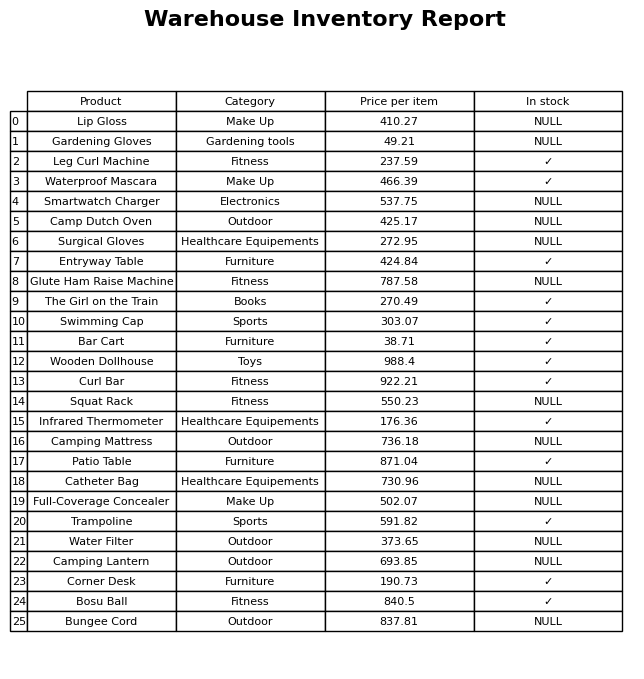
question: What is the price for Patio Table?
answer: The price of Patio Table is 871.04.